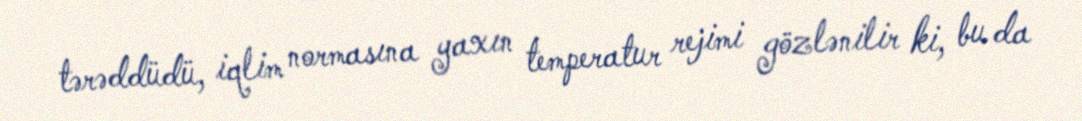
tərəddüdü, iqlim normasına yaxın temperatur rejimi gözlənilir ki, bu da